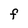
Character: F